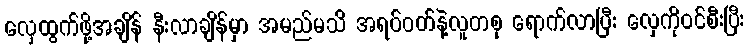
လှေထွက်ဖို့အချိန် နီးလာချိန်မှာ အမည်မသိ အရပ်ဝတ်နဲ့လူတစု ရောက်လာပြီး လှေကိုဝင်စီးပြီး